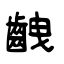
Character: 齥